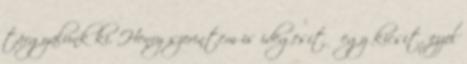
tárgyalunk ki. Henry szerintem is idegesítő egy kicsit, ezzel